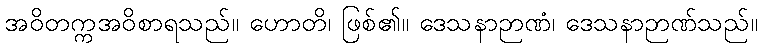
အဝိတက္ကအဝိစာရသည်။ ဟောတိ၊ ဖြစ်၏။ ဒေသနာဉာဏံ၊ ဒေသနာဉာဏ်သည်။